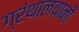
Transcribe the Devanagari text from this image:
ग्रंथालयांनी